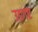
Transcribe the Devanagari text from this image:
उडगए